system: You are a helpful assistant.
user:
Analyze the provided spectrum to determine if it is a **S-type Star**.

- **Key Indicators for S-type Star:**

    - **(Overall Spectrum Shape):** The first and most obvious characteristic is the overall continuum (the "baseline" shape). It is **extremely "red-sloping,"** meaning the flux (light intensity) is very low on the left side (blue, ~4000-4500 Å) and rises steeply and continuously toward the right side (red, ~7000 Å+).

    - **(Primary):** The spectrum is defined by the presence of strong, broad molecular absorption "valleys" (bands) from **Zirconium Oxide (ZrO)**. The identification of these bands is the **primary requirement** for classifying a star as S-type.
        - **(Key Bandheads):** You must find distinct, deep "dips" where the light has been absorbed. The most critical band systems to locate are:
            - **~6474 Å** ($\gamma$-system): This is often the strongest and clearest ZrO feature, found in the red part of the spectrum.
            - **~5718 Å** & **~5551 Å** ($\beta$-system): A pair of prominent absorption features in the yellow-orange part of the spectrum.
            - **~4640 Å** ($\alpha$-system): A key absorption band system in the blue-green region of the spectrum.

    - **(Secondary Confirmation):** The classification is strengthened by finding additional absorption bands from other related heavy element oxides, which are expected to be present alongside ZrO.
        - **(Key Bandheads):**
            - **Yttrium Oxide (YO):** Look for absorption dips near **~4800 Å** and **~6100 Å**.
            - **Lanthanum Oxide (LaO):** Additional absorption features, particularly in the red-orange part of the spectrum, are also characteristic.

    - **(Line Profile):** The combination of the steep red continuum and these numerous, deep molecular bands (ZrO, YO, etc.) gives the entire spectrum a very **"chopped-up"** or **"bumpy"** appearance. Instead of a smooth curve, the spectrum looks as though large, wide chunks of light have been "carved out" of it at the specific wavelengths listed above.

Think first, call **spectral_visualization_tool** if needed to examine features in detail, then provide your final answer. Your response must adhere to the following strict rules:
1.  **Overall Structure:** Your response must follow the format `<think>...</think> <tool_call>...</tool_call> (if a tool is used) <answer>...</answer>`.
2.  **Tool Usage Constraint:** You may only make **one** tool call per turn.
3.  **Final Answer Format:** In the `<answer>` tag, your conclusion must be inside a `\boxed{}` command (e.g., `\boxed{YES}` or `\boxed{NO}`), followed by your justification.

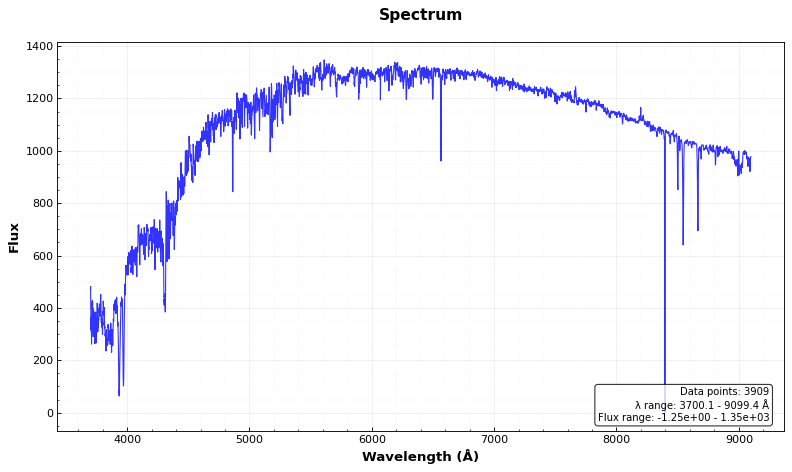
Answer: NO